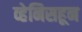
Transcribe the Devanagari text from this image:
व्हेनिसहून